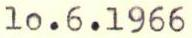
10.6.1966